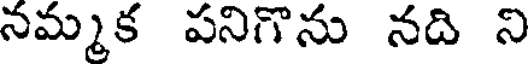
నమ్మక పనిగొను నది ని